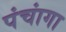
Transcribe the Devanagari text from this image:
पंचांगा